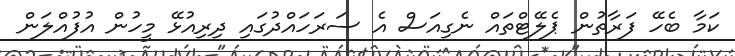
ކަމާ ބެހޭ ފަރާތުން ޕެލޭޓްތައް ނެގިއަސް އެ ސަރަހައްދުގައި ދިރިއުޅޭ މީހުން އުފުއްލަން